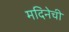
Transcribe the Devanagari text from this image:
मदिनेची